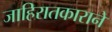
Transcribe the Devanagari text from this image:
जाहिरातकाराने